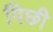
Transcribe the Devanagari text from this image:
पिछी